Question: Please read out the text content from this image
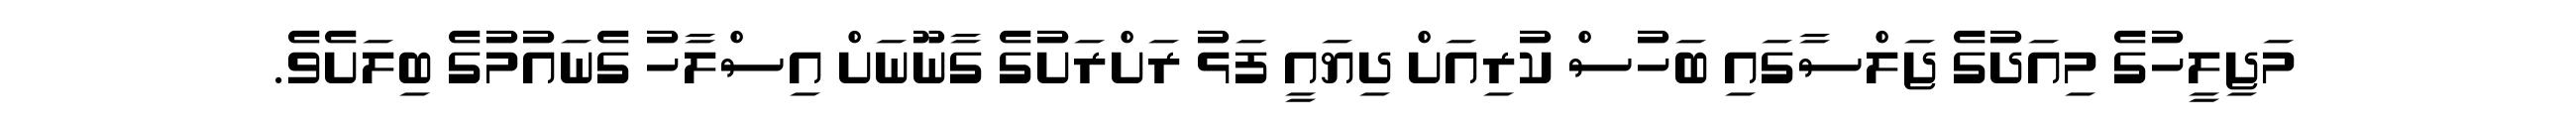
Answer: މަޖިލީހުގެ މިއަދުގެ ޖަލްސާގައި ބަހުސް ކުރިއަށް ދިޔައީ ފަޅު ރަށްރަށުގެ ގާނޫނަށް އިސްލާހު ގެނައުމުގެ ބިލަށެވެ.